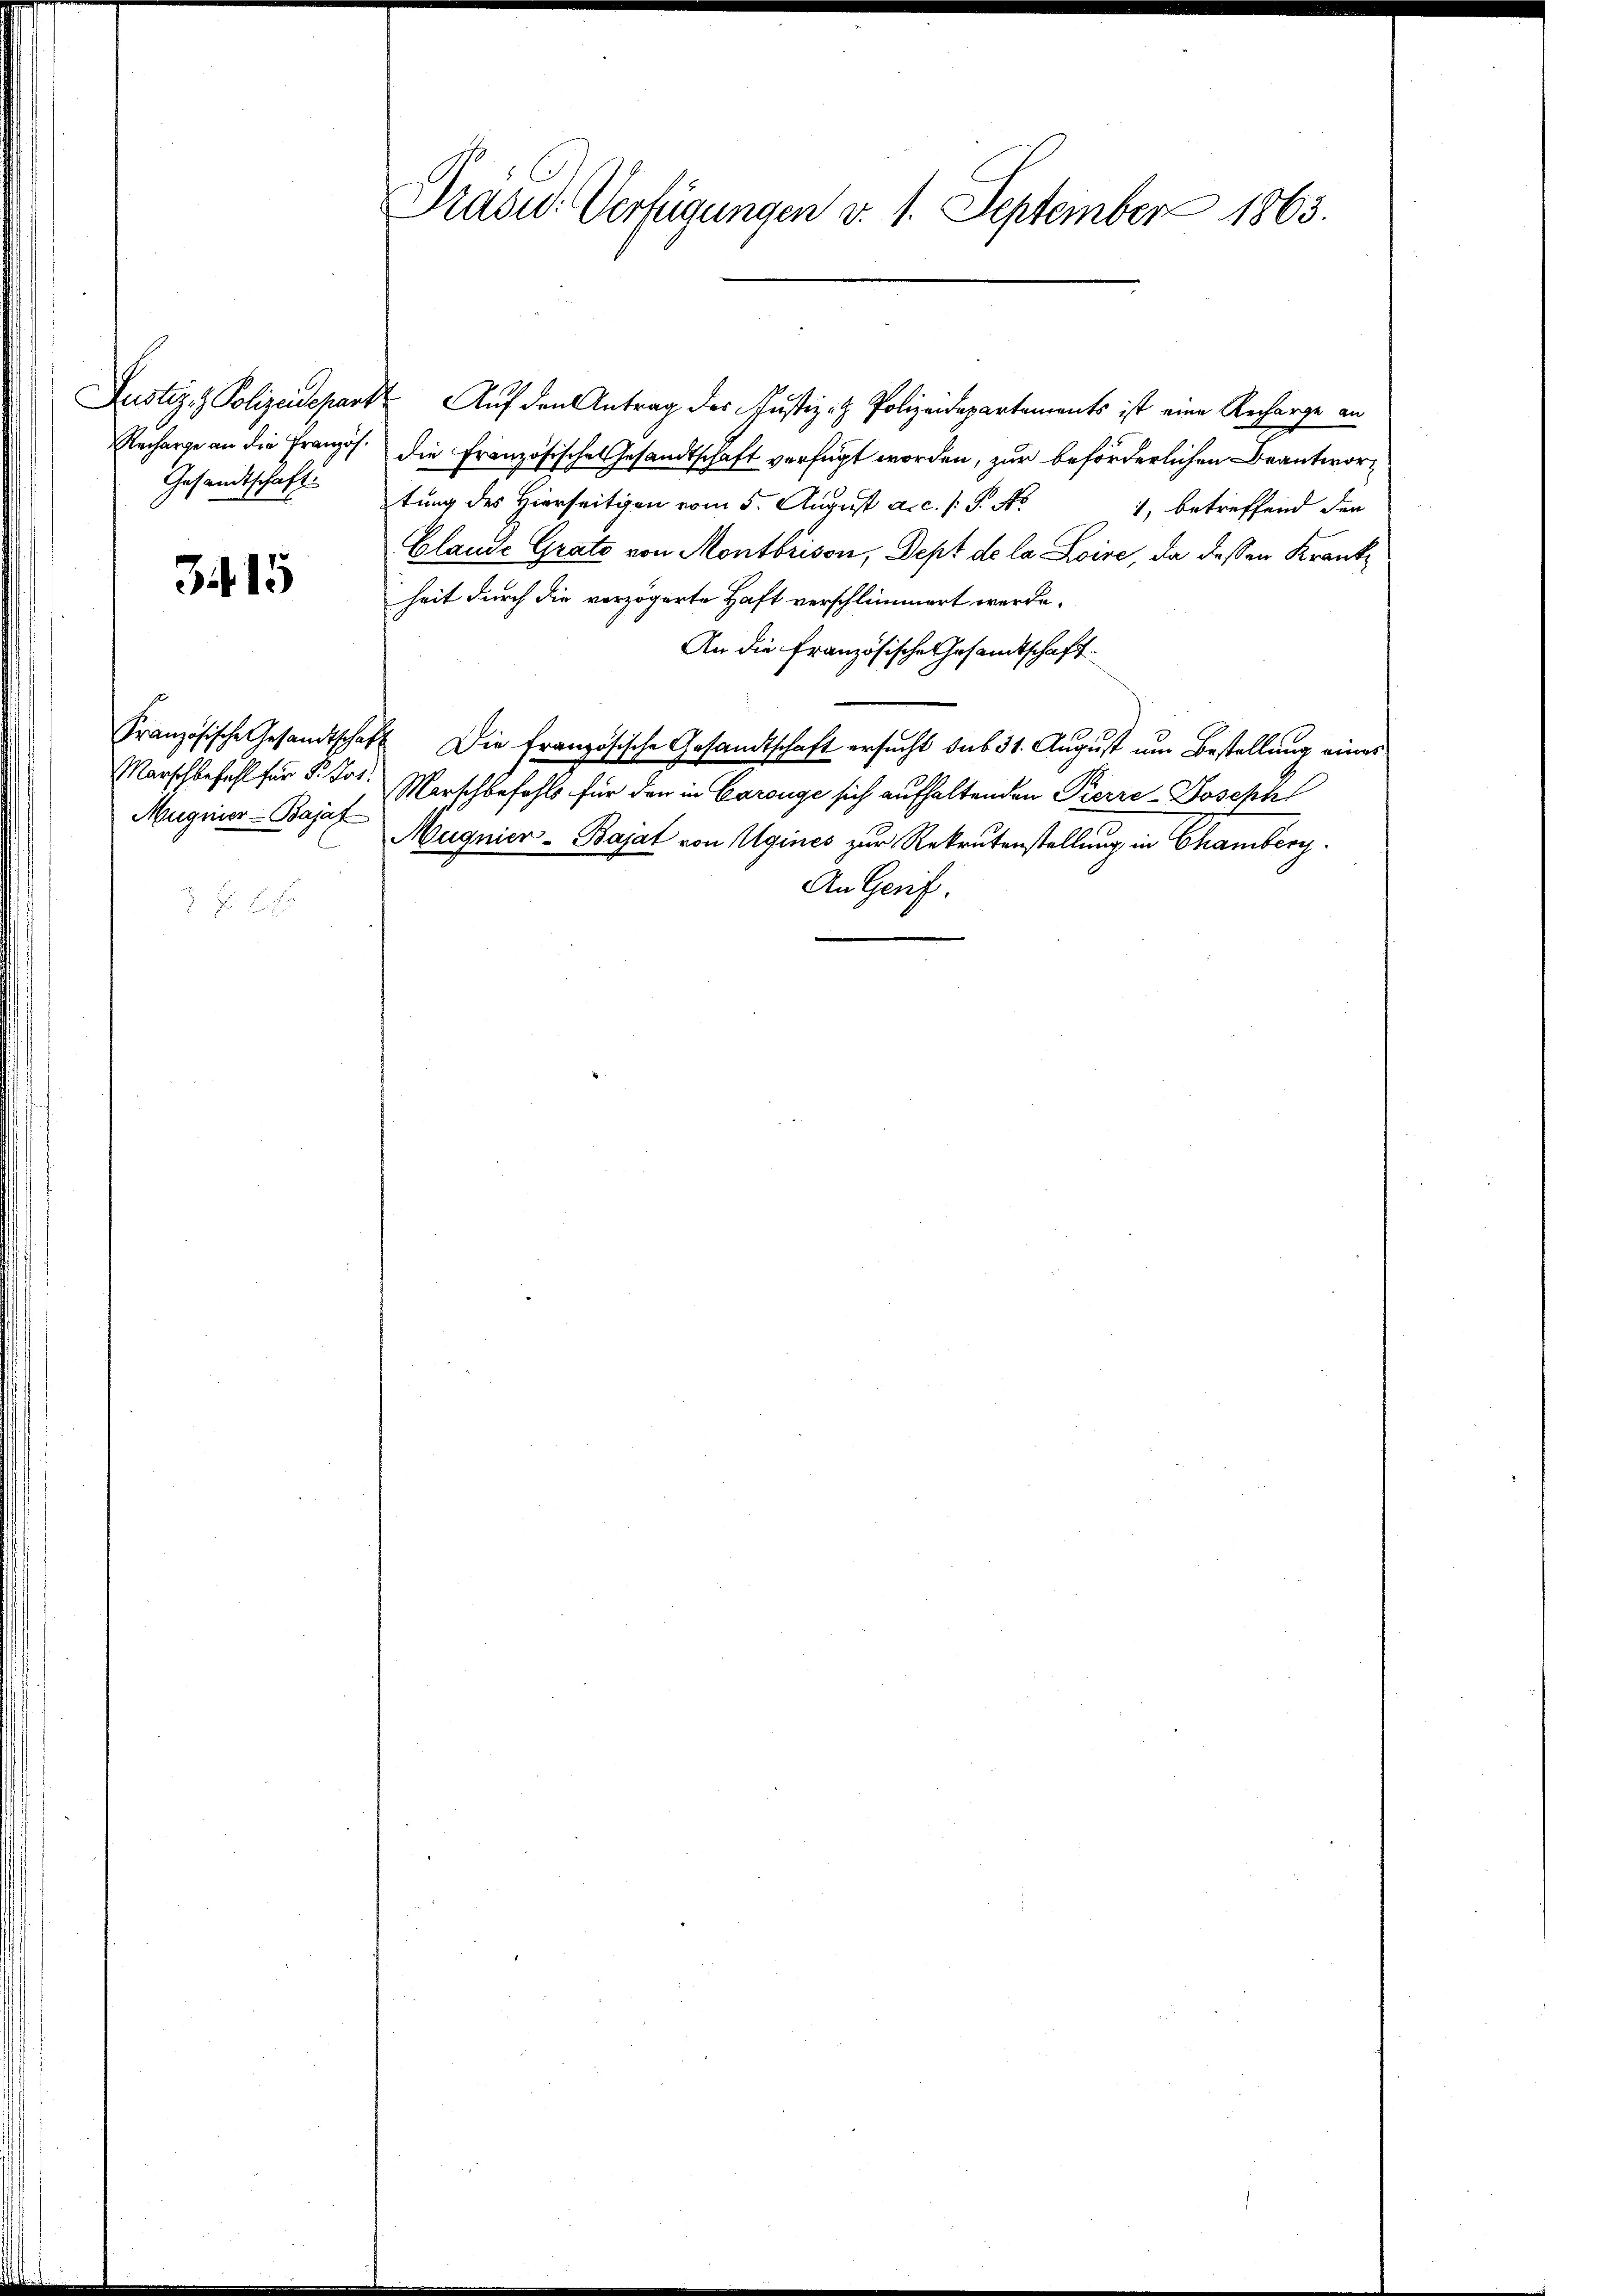
Justiz- & Polizeidepar
Gesandtschaft

315

Französische Gesandtscha
Marschbefahl für P. Jos.

Präsid. Verfügungen d. 1. September 1863.

4 Auf den Antrag des Justiz- & Polizeidepartements ist eine Recharge an
Recharge an die Französ. die Französische Gesandtschaft verfügt worden, zur beförderlichen Beantwortung des Hierseitigen vom 5. August a.c. s. P. No
1, betreffend den
Elande Grate von Montbrison, Dept de la Loire, da dessen Krankheit durch die verzögerte Haft verschlimmert werde.
An die französische Gesandtschaft
 Die französische Gesandtschaft ersucht sub 31. August um Bestellung eines
Morschbefahls für den in Carouge sich aufhaltenden Pierre-Joseph
Mugeier-Bojet Magnier-Bajat von Ugines zur Rekrutenstellung in Chamberg.
An Gerif